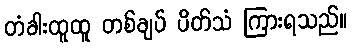
တံခါးထူထူ တစ်ချပ် ပိတ်သံ ကြားရသည်။